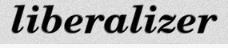
liberalizer